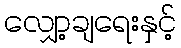
လျှော့ချရေးနှင့်